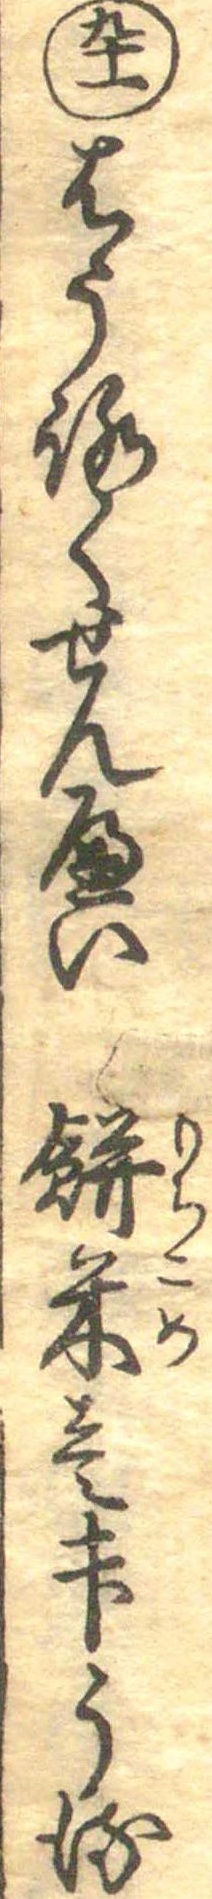
九十一はうろくせんへい餅米壱升うる